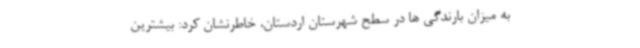
به میزان بارندگی ها در سطح شهرستان اردستان، خاطرنشان کرد: بیشترین